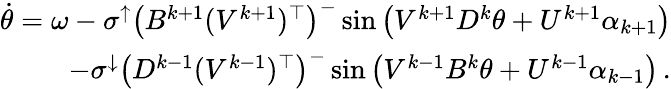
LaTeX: \begin{array}{r}{\dot{\theta}=\omega-\sigma^{\uparrow}\left(B^{k+1}(V^{k+1})^{\top}\right)^{-}\sin\left(V^{k+1}D^{k}\theta+U^{k+1}\alpha_{k+1}\right)}\\ {-\sigma^{\downarrow}\left(D^{k-1}(V^{k-1})^{\top}\right)^{-}\sin\left(V^{k-1}B^{k}\theta+U^{k-1}\alpha_{k-1}\right)\, .}\end{array}